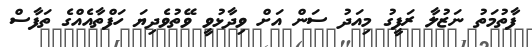
ފާތުމަތު ނަޒުލާ ރަފީގު މިއަދު ސަން އަށް ވިދާޅުވީ ވޭތުވެދިޔަ ހަފްތާއެއްގެ ތަފާސް